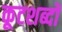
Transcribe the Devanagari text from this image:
कूटशब्दों